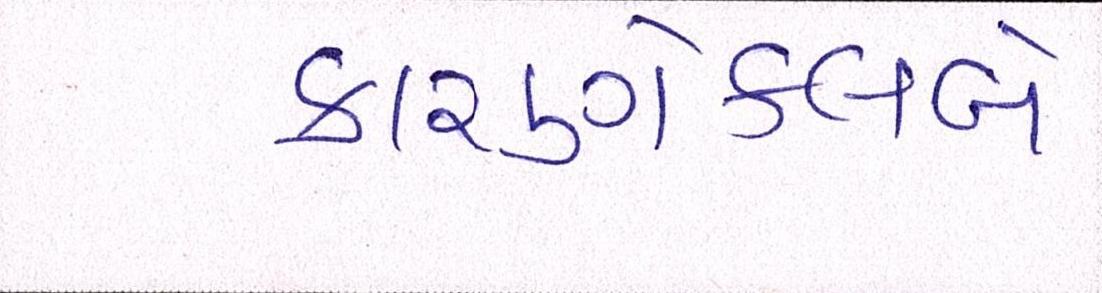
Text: કારણેક્લબે